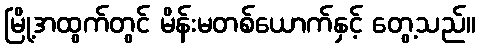
မြို့အထွက်တွင် မိန်းမတစ်ယောက်နှင့် တွေ့သည်။